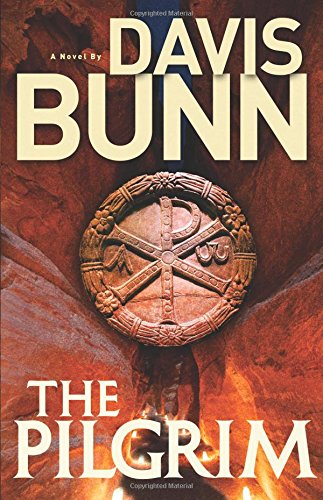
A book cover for The Pilgrim; Davis Bunn; Romance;